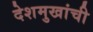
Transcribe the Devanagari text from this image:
देशमुखांची